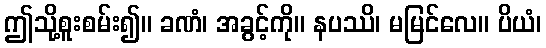
ဤသို့စူးစမ်း၍။ ခဏံ၊ အခွင့်ကို။ နပဿိ၊ မမြင်လေ။ ပိယံ၊